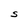
Character: S